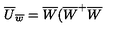
\overline { { U } } _ { \overline { { w } } } = \overline { { W } } ( \overline { { W } } ^ { + } \overline { { W } }